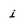
Character: i